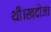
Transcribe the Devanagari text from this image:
थी।खदीजा